Vaccination in Bombay 1874-1876 - 1874-1876
Year: 1874
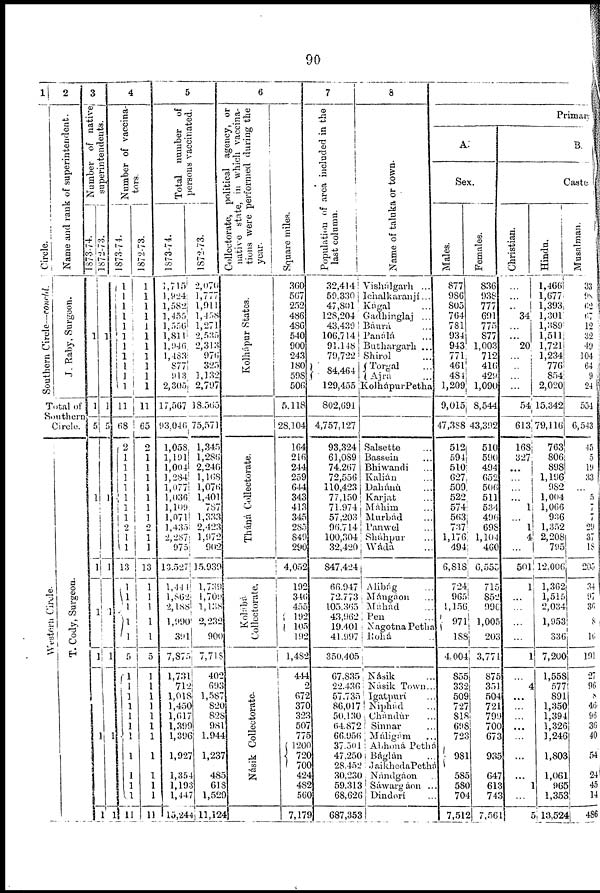
90
1
Circle.
Southern Circle—concld.
2
Name and rank of superintendent.
J. Raby, Surgeon.
Total of
Southern
Circle.
Western Circle.
T. Cody, Surgeon.
3
Number of native
superintendents.
1873-74.
1
1
5
1
1
1
1
1
1872-73.
1
1
5
1
l
1
1
1
1
4
Number of vaccina-
tors.
1873-74.
1
1
1
1
1
1
1
1
1
1
1
11
68
2
1
1
1
1
1
1
1
2
1
1
13
1
1
1
1
1
5
1
1
1
1
1
1
1
1
1
1
1
1
1872-73.
1
1
1
1
1
1
1
1
1
1
1
11
65
2
1
1
1
1
1
1
1
2
1
1
13
1
1
1
1
1
5
1
1
1
1
1
1
1
1
1
1
1
11
5
Total number of
persons vaccinated.
1873-74.
1,715
1,924
1,582
1,455
1,556
1,811
1,946
1,483
877
913
2,305
17,567
93,046
1,058
1,191
1,004
1,284
1,077
1,036
1,109
1,071
1,435
2,287
975
13,527
1,444
1,862
2,188
1,990
391
7,875
1,731
712
1,018
1,450
1,617
1,399
1,396
1,927
1,354
1,193
1,447
15,244
1872-73.
2,070
1,777
1,911
1,458
1,271
2,535
2,313
976
325
1,132
2,797
18,565
75,571
1,345
1,286
2,246
1,168
1,076
1,401
787
1,333
2,423
1,972
902
15,939
1,739
1,709
1,138
2,232
900
7,718
402
693
1,587
820
828
981
1,944
1,237
485
618
1,529
11,124
6
Collectorate, political agency, or
native state, in which vaccina-
tions were performed during the
year.
Kolhápur States.
Tháná Collectorate.
Kolábá
Collectorate.
Násik Collectorate.
Square
mile.
360
567
252
486
486
540
900
243
180
598
506
5,118
28,104
164
216
244
259
644
343
413
345
285
849
290
4,052
192
346
455
192
105
192
1,482
444
2
672
370
323
507
775
1200
720
700
424
482
560
7,179
7
Population of area included in the
last column.
32,414
59,330
47,801
128,204
43,439
106,714
91,148
79,722
84,464
129,455
802,691
4,757,127
93,324
61,089
74,267
72,556
110,423
77,150
71,974
57,203
90,714
100,304
32,420
847,424
66,947
72,773
105,365
43,962
19,401
41,997
350,405
67,835
22,436
57,735
86,017
50,130
64,872
66,956
37,501
47,250
28,452
30,230
59,313
68,626
687,353
8
Name of taluka or town.
Vishálgarh ...
Ichalkaranjí...
Kágal ...
Gadhinglaj ...
Báurá ...
Panálá ...
Buthargarh ...
Shirol ...
Torgal ...
Ajra ...
Kolhápur Petha
Salsette ...
Bassein ...
Bhiwandi ...
Kalián ...
Dahánù ...
Karjat ...
Máhim ...
Murbád ...
Panwel ...
Sháhpur ...
Wáda ...
Alibág...
Mángáon...
Máhád...
Pen ...
Nagotna Petha
Rohá...
Násik ...
Násik Town...
Igatpurí ...
Niphád ...
Chándur ...
Sinnar ...
Máligám ...
Abhona Pethá
Báglán ...
Jaikheda Pethá
Nándgáon ...
Sáwargáon ...
Dindorí ...
Primary
A.
Sex.
Males.
877
986
805
764
781
934
943
771
461
484
1,209,
9,015
47,388
512
594
510
627
509
522
574
563
737
1,176
494
6,818
724
965
1,156
971
188
4,004
855
332
509
727
818
698
723
981
585
580
704
7,512
Females.
836
938
777
691
775
877
1,003
712
416
429
1,090
8,544
43,392
510
590
494
652
506
511
534
496
698
1,104
460
6,555
715
852
990
1,005
203
3,771
875
351
504
721
799
700
673
935
647
613
743
7,561
B.
Caste
Christian.
...
...
...
34
...
...
20
...
...
...
...
54
613
168
327
...
...
...
...
1
...
1
4
...
501
1
...
...
...
...
1
...
4
...
...
...
...
...
...
...
1
...
5
Hindu.
1,466
1,677
1,393
1,301
1,389
1,511
1,721
1,234
776
854
2,020
15,342
79,116
763
806
898
1,196
982
1,004
1,066
936
1,352
2,208
795
12,006
1,362
1,515
2,034
1,953
336
7,200
1,558
577
891
1,350
1,394
1,326
1,246
1,803
1,061
965
1,353
13,524
Musalman.
33
98
62
67
12
32
49
104
64
9
24
554
6,543
45
5
19
33
...
5
7
7
29
37
18
205
34
97
36
8
16
191
27
96
8
46
96
36
40
54
24
45
14
486